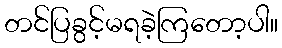
တင်ပြခွင့်မရခဲ့ကြတော့ပါ။